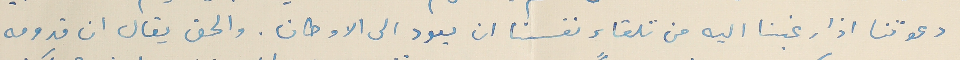
دعوتنا اذا رغبنا اليه من تلقاء نفسنا ان يعود الى الاوطان. والحق يقال ان قدومه